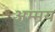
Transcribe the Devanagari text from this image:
अम्मय